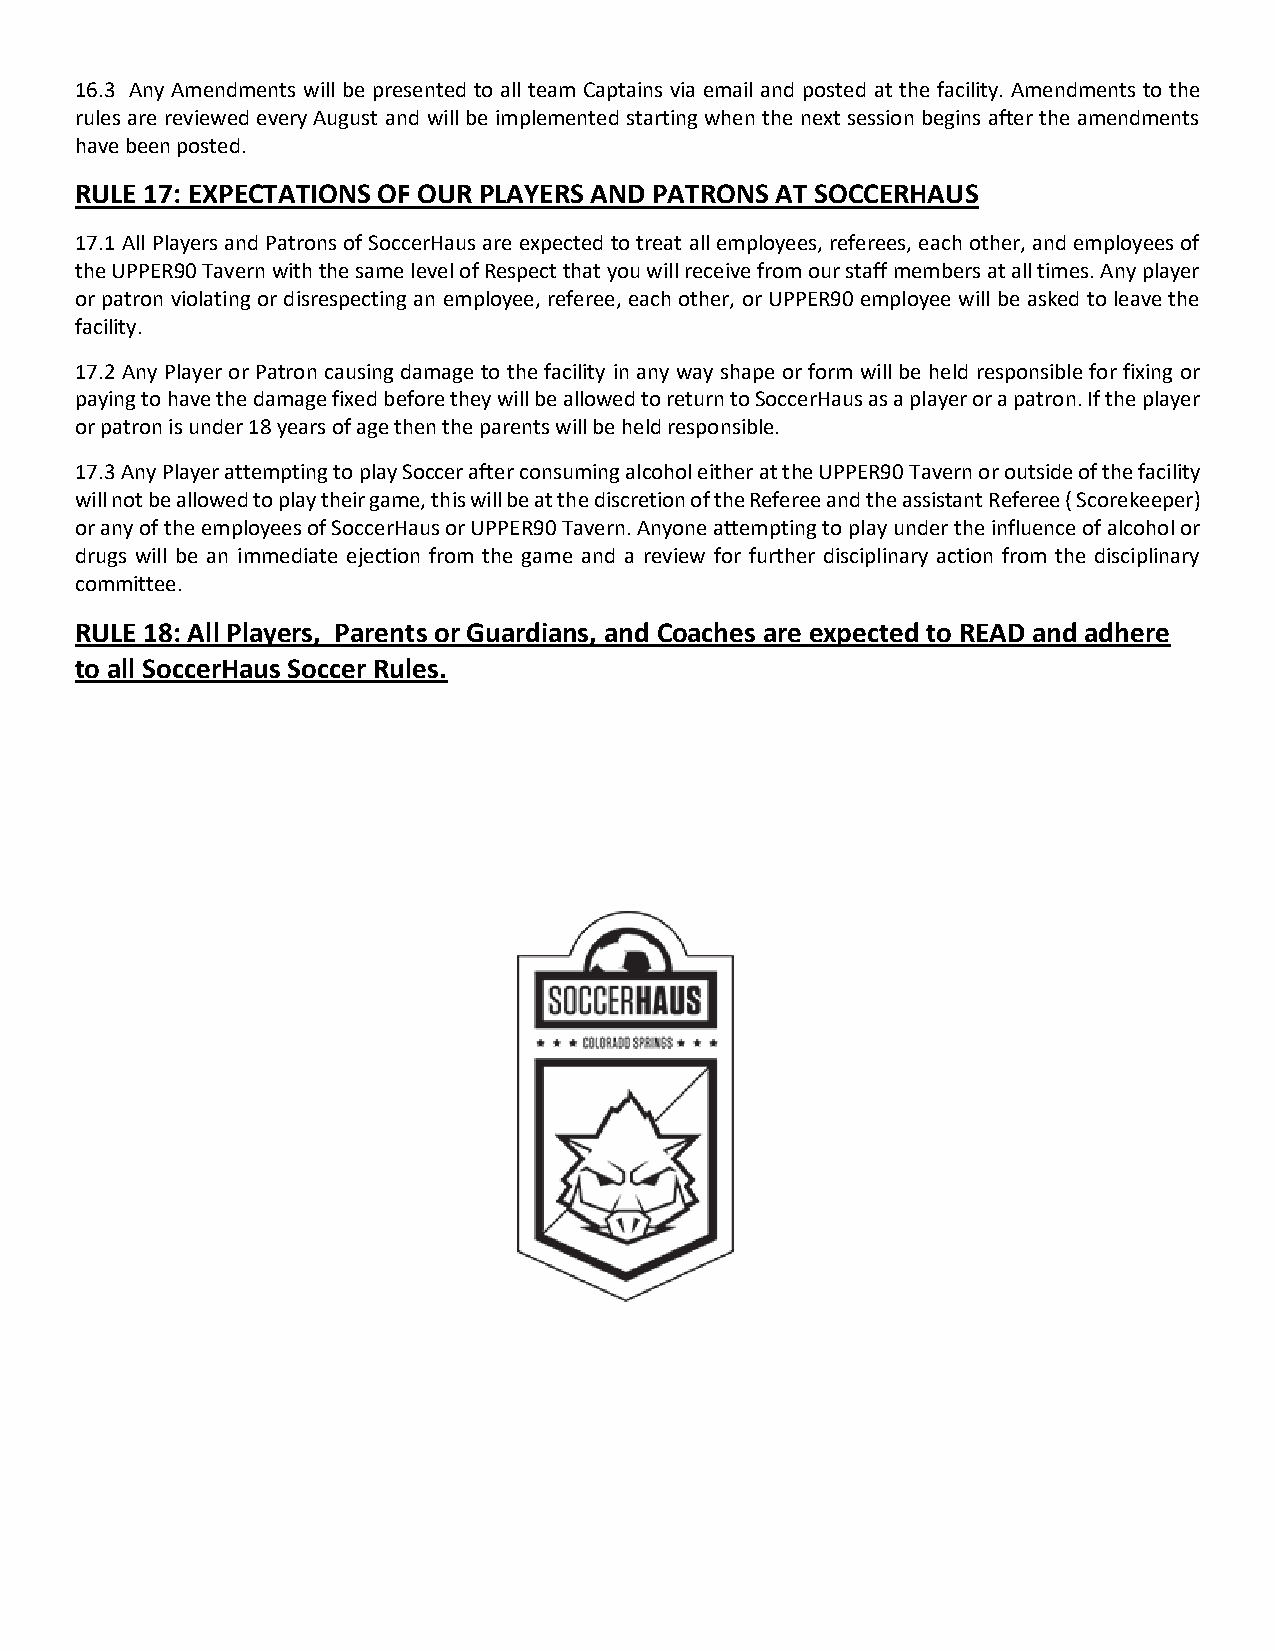
16.3 Any Amendments will be presented to all team Captains via email and posted at the facility. Amendments to the
 rules are reviewed every August and will be implemented starting when the next session begins after the amendments
 have been posted.
 RULE 17: EXPECTATIONS OF OUR PLAYERS AND PATRONS AT SOCCERHAUS
 17.1 All Players and Patrons of SoccerHaus are expected to treat all employees, referees, each other, and employees of
 the UPPER90 Tavern with the same level of Respect that you will receive from our staff members at all times. Any player
 or patron violating or disrespecting an employee, referee, each other, or UPPER90 employee will be asked to leave the
 facility.
 17.2 Any Player or Patron causing damage to the facility in any way shape or form will be held responsible for fixing or
 paying to have the damage fixed before they will be allowed to return to SoccerHaus as a player or a patron. If the player
 or patron is under 18 years of age then the parents will be held responsible.
 17.3 Any Player attempting to play Soccer after consuming alcohol either at the UPPER90 Tavern or outside of the facility
 will not be allowed to play their game, this will be at the discretion of the Referee and the assistant Referee ( Scorekeeper)
 or any of the employees of SoccerHaus or UPPER90 Tavern. Anyone attempting to play under the influence of alcohol or
 drugs will be an immediate ejection from the game and a review for further disciplinary action from the disciplinary
 committee.
 RULE 18: All Players, Parents or Guardians, and Coaches are expected to READ and adhere
 to all SoccerHaus Soccer Rules.